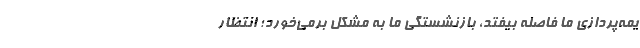
یمه‌پردازی ما فاصله بیفتد، بازنشستگی ما به مشکل برمی‌خورد؛ انتظار